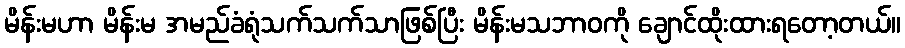
မိန်းမဟာ မိန်းမ အမည်ခံရုံသက်သက်သာဖြစ်ပြီး မိန်းမသဘာဝကို ချောင်ထိုးထားရတော့တယ်။